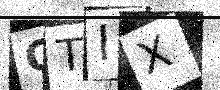
Text: QTIX